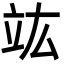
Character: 竑